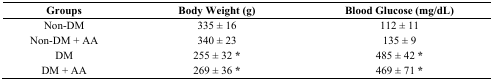
<table><thead><tr><td><b>Groups</b></td><td><b>Body Weight (g)</b></td><td><b>Blood Glucose (mg/dL)</b></td></tr></thead><tbody><tr><td>Non-DM</td><td>335 ± 16</td><td>112 ± 11</td></tr><tr><td>Non-DM + AA</td><td>340 ± 23</td><td>135 ± 9</td></tr><tr><td>DM</td><td>255 ± 32 *</td><td>485 ± 42 *</td></tr><tr><td>DM + AA</td><td>269 ± 36 *</td><td>469 ± 71 *</td></tr></tbody></table>